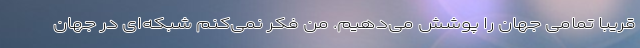
قریباً تمامی جهان را پوشش می‌دهیم. من فکر نمی‌کنم شبکه‌ای در جهان